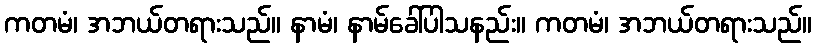
ကတမံ၊ အဘယ်တရားသည်။ နာမံ၊ နာမ်ခေါ်ပါသနည်း။ ကတမံ၊ အဘယ်တရားသည်။